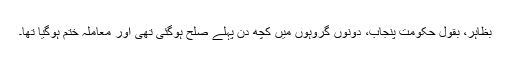
بظاہر، بقول حکومتِ پنجاب، دونوں گروہوں میں کچھ دن پہلے صلح ہوگئی تھی اور معاملہ ختم ہوگیا تھا۔